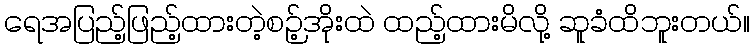
ရေအပြည့်ဖြည့်ထားတဲ့စဉ့်အိုးထဲ ထည့်ထားမိလို့ ဆူခံထိဘူးတယ်။